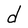
Character: d